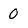
Character: 0